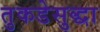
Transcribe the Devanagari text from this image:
तुकडेसुद्धा